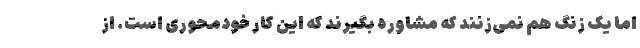
اما یک زنگ هم نمی‌زنند که مشاوره بگیرند که این کار خودمحوری است. از